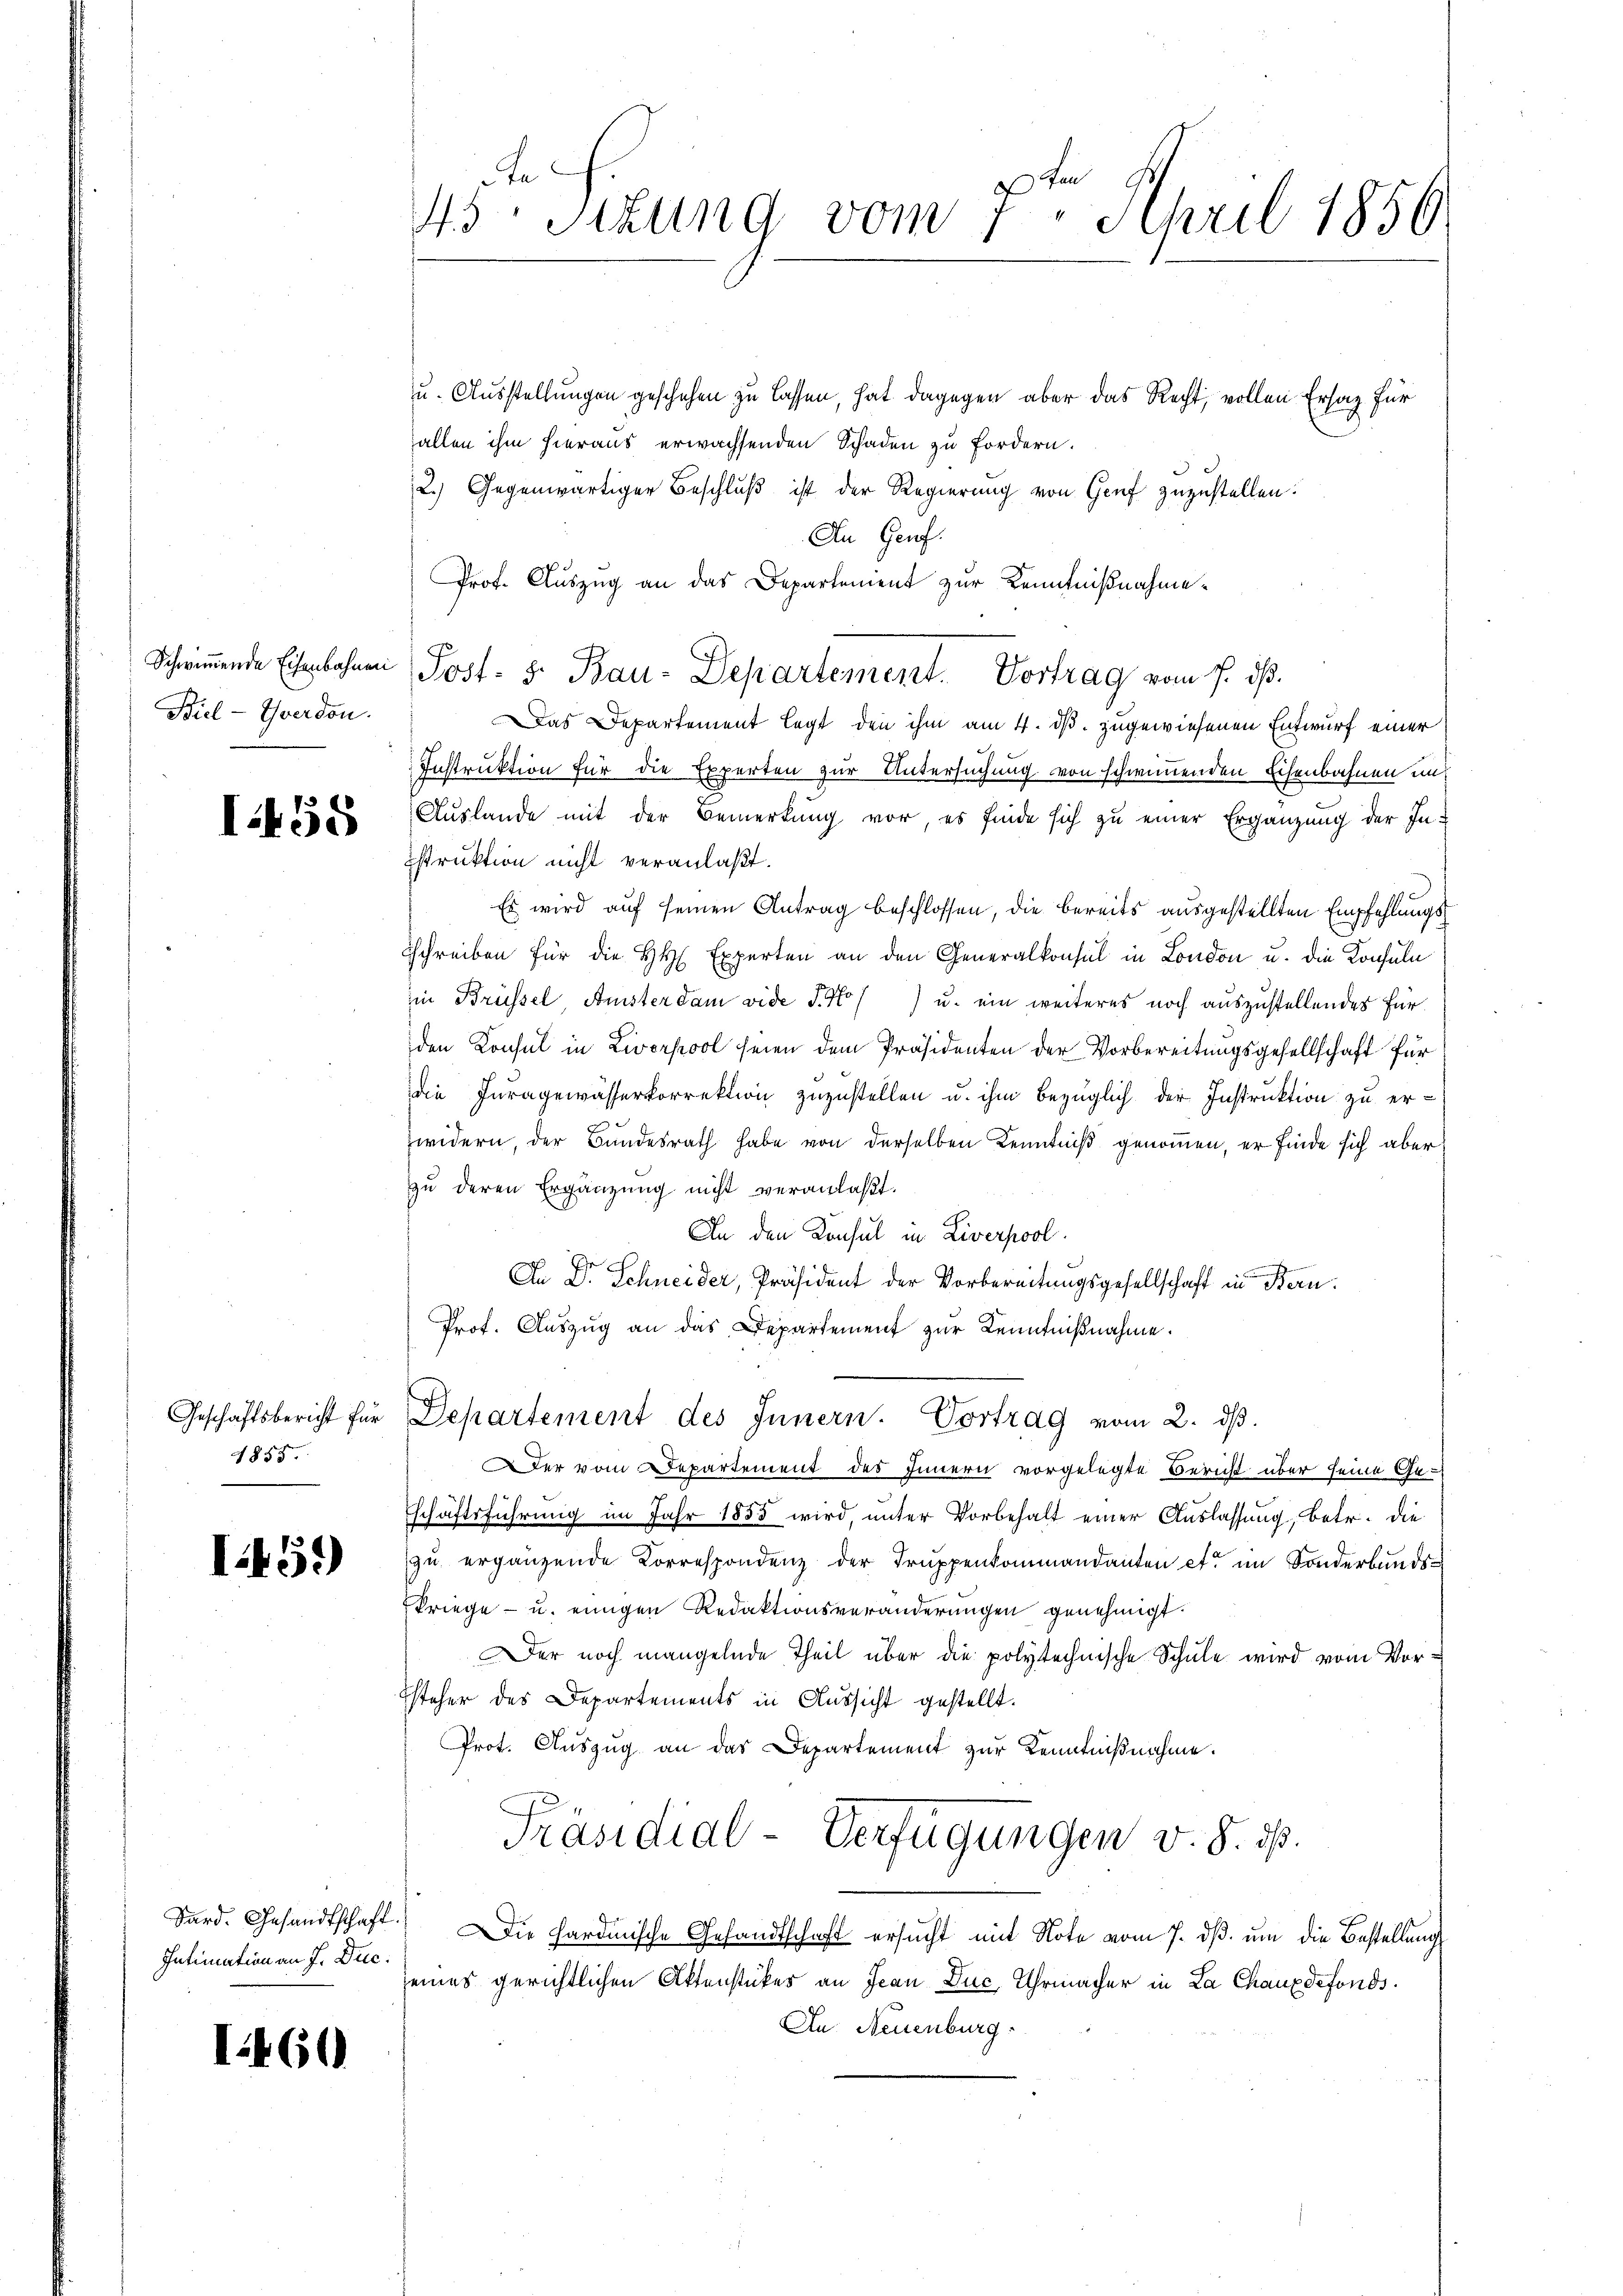
Schwimmende Eisenbahnen
Biel - Yverdon.

I.458

Geschäftsbericht für
1855.

I459)

Sard. Gesandtschaft.
Intimation an J. Dec.

I60

45. Sitzung vom 7. April 1856

u. Ausstellungen geschehen zu lassen, hat dagegen aber das Recht, vollen Ersatz für
allen ihm hieraus erwachsenden Schaden zu fordern.
2.) Gegenwärtiger Beschluß ist der Regierung von Genf zuzustellen.
An Genf.
Prof. Auszug an das Departement zur Kenntnißnahme¬
Das Departement legt, den ihm am 4. ds. zugewiesenen Entwurf einer
Instruktion für die Experten zur Untersuchung von schwimmenden Eisenbahnen und
Auslande mit der Bemerkung vor, es finde sich zu einer Ergänzung der In-
struktion nicht veranlaßt.
Es wird auf seinen Antrag beschlossen, die bereits ausgestellten Empfehlungschreiben für die HH. Experten an den Generalkonsul in London u. die Konsuln
in Brüssel Anisterdam vide S. 47) u. ein weiteres noch auszustellendes Fürden Konsul in Liverpool seien dem Präsidenten der Vorbereitungsgesellschaft für
die Juragewässerkorrektion zuzustellen u. ihm bezüglich der Instruktion zu erzwidern, der Bundesrath habe von derselben Kenntniß genommen, er finde sich aber
zu deren Ergänzung nicht veranlaßt.
An den Konsul in Liverpool.
An Dr. Schneider, Präsident der Vorbereitungsgesellschaft in Bern
Prof. Auszug an das Departement zur Kenntnißnahme.
Departement des Innern. Vortrag vom 2. dβ.
Der vom Departement des Innern vorgelegte Bericht über seine Geschäftsführung im Jahr 1855 wird, unter Vorbehalt einer Auslassung, betr. die
zu ergänzende Correspondenz der Truppenkommandanten et im Sonderbunds¬
Kriege - u. einigen Redaktionsveränderungen genehmigt.
Der noch mangelnde Theil über die polytechnische Schule wird vom Vorsteher des Departements in Aussicht gestellt.
Prot. Auszug an das Departement zur Kenntnißnahme.
Präsidial-Verfügungen v. 8. ds.
Die hardinische Gesandtschaft ersucht mit Note vom 7. ds. um die Bestellung
eines gerichtlichen Aktenstückes an Jean Duc Uhrmacher in La Chauxdefonds.
Au. Neuenburg

Post- 5. Bau-Departement. Vortrag vom 7. dß.